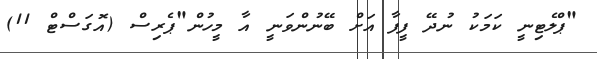
"ޕްލެޓިނީ ކަމަކު ނުދޭ ފީފާ އަށް ބޭނުންވަނީ އާ މީހުން"ޕެރިސް (އޮގަސްޓް 11)